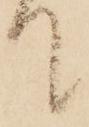
て